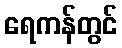
ရေကန်တွင်